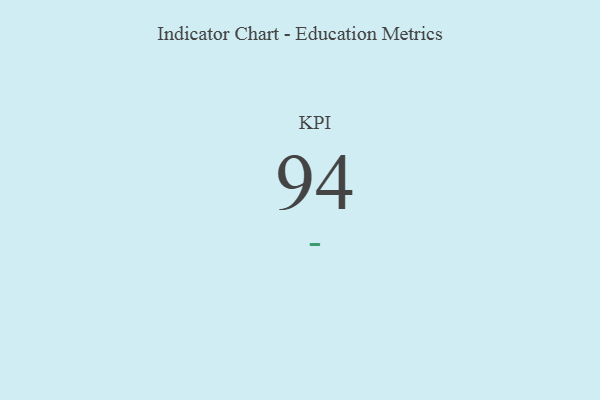
{"axis": {"x": "KPI", "y": "Value"}, "legend": [""], "data": [{"x": "KPI", "y": 94, "type": ""}]}